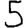
Digit: 5